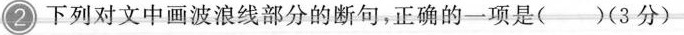
2 下列对文中画波浪线部分的断句，正确的一项是()(3分)